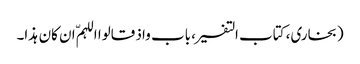
(بخاری، کتاب التفسیر، باب واذ قالوا اللہمّ ان کان ہذا۔